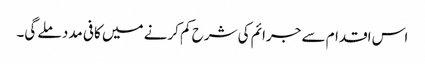
اس اقدام سے جرائم کی شرح کم کرنے میں کافی مدد ملے گی۔